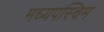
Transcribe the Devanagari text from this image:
मध्यपस्चिम